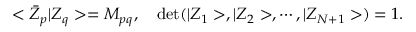
< \bar { Z } _ { p } \vert Z _ { q } > = M _ { p q } , \quad \mathrm { d e t } ( \vert Z _ { 1 } > , \vert Z _ { 2 } > , \cdots , \vert Z _ { N + 1 } > ) = 1 .